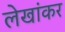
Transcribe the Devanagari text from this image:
लेखांकर